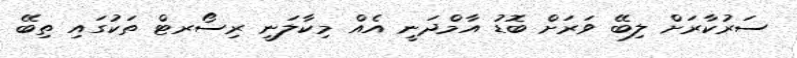
ސަރުކާރަށް ލިބޭ ވަރަށް ބޮޑު އާމްދަނީ އެއް މިކާލަނީ ރިސޯރޓް ތަކުގައި ތިބޭ